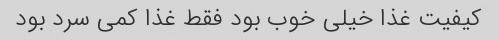
کیفیت غذا خیلی خوب بود فقط غذا کمی سرد بود